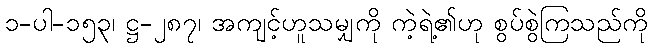
၁-ပါ-၁၅၃၊ ဋ္ဌ-၂၈၇၊ အကျင့်ဟူသမျှကို ကဲ့ရဲ့၏ဟု စွပ်စွဲကြသည်ကို